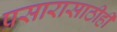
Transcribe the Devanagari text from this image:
प्रसारासाठीही